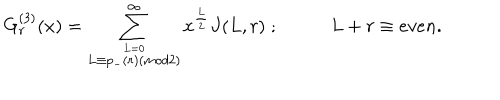
G _ { r } ^ { ( 3 ) } ( x ) = \sum _ { \stackrel { L = 0 } { L \equiv p _ { - } ( r ) ( m o d 2 ) } } ^ { \infty } x ^ { \frac { L } { 2 } } J ( L , r ) \; ; \; L + r \equiv e v e n .